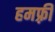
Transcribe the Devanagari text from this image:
हमफ़्री